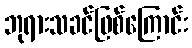
ဘုရားသခင်ဖြစ်ကြောင်း